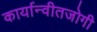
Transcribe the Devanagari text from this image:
कार्यान्वीतजोगी